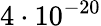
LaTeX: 4\cdot 10^{-20}